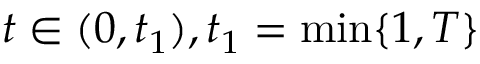
t \in ( 0 , t _ { 1 } ) , t _ { 1 } = \displaystyle \operatorname* { m i n } \{ 1 , T \}